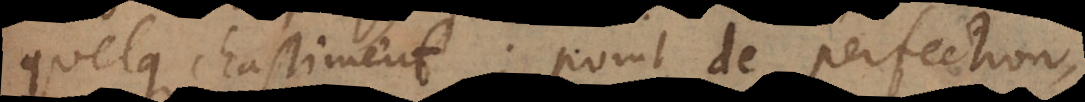
quelque chastiment; point de perfection,